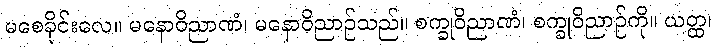
မစေခိုင်းလေ။ မနောဝိညာဏံ၊ မနောဝိညာဉ်သည်။ စက္ခုဝိညာဏံ၊ စက္ခုဝိညာဉ်ကို။ ယတ္ထ၊